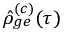
\hat { \rho } _ { g e } ^ { ( c ) } ( \tau )